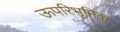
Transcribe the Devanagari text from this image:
ऊपरिभूमिक